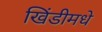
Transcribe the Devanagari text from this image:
खिंडीमधे